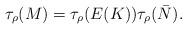
LaTeX: \begin{align*}\tau_\rho(M)=\tau_\rho(E(K))\tau_\rho(\bar{N}).\end{align*}